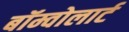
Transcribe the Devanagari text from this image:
बॉम्वोलार्ट